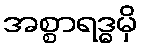
အစ္စာရဒ္ဓမှိ